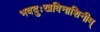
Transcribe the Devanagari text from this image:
भवदुःखविनाशिनीम्